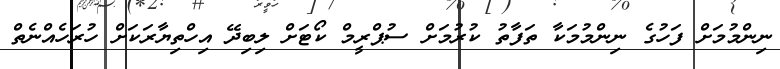
ނިންމުމަށް ފަހުގެ ނިންމުމަކާ ތަފާތު ކުރުމަށް ސުޕްރީމް ކޯޓަށް ލިބިދޭ އިހްތިޔާރަކަށް ހުރަހެއްނެތް